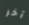
آخر